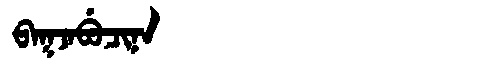
Manchu: ᠪᠠᡴᠵᠠᠪᡠᠴᡳᠨᠠ
Romanization: BAKJABUCINA